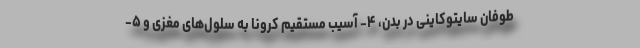
طوفان سایتوکاینی در بدن، ۴- آسیب مستقیم کرونا به سلول‌های مغزی و ۵-